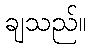
ချသည်။